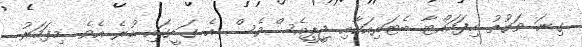
ގިނަ ވަގުތު ހިފަހައްޓާ ބެޓަރިއަކާއި ޖީޕީއެސްވެސް އެ ގަޑީގައި ހުރެ އެވެ. މިފަހަރު